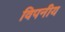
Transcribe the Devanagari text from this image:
विपनीय